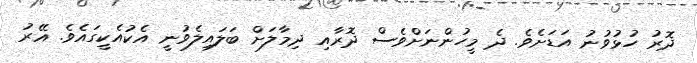
ދޮރު ހުޅުވުނު އަޑަށެވެ. ދެ މީހުންނަށްވެސް ދޮރާއި ދިމާލަށް ބަލައިލެވުނީ އެކުއެކީގައެވެ. އޭރު